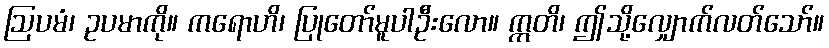
ဩပမံ၊ ဥပမာကို။ ကရောဟိ၊ ပြုတော်မူပါဦးလော။ ဣတိ၊ ဤသို့လျှောက်လတ်သော်။